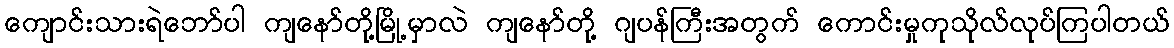
ကျောင်းသားရဲဘော်ပါ ကျနော်တို့မြို့မှာလဲ ကျနော်တို့ ဂျပန်ကြီးအတွက် ကောင်းမှုကုသိုလ်လုပ်ကြပါတယ်